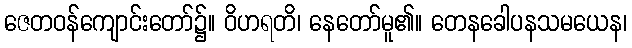
ဇေတဝန်ကျောင်းတော်၌။ ဝိဟရတိ၊ နေတော်မူ၏။ တေနခေါပနသမယေန၊